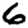
Digit: 6